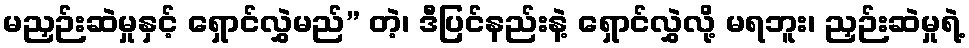
မညှဉ်းဆဲမှုနှင့် ရှောင်လွှဲမည်” တဲ့၊ ဒီပြင်နည်းနဲ့ ရှောင်လွှဲလို့ မရဘူး၊ ညှဉ်းဆဲမှုရဲ့